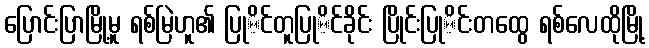
ပြောင်းပြာမြို့မူ ရစ်မြဲဟူ၏ ပြုိင်တူပြုိင်ခိုင်း ပြိုင်းပြုိင်းတထွေ ရစ်လေထိုမြို့